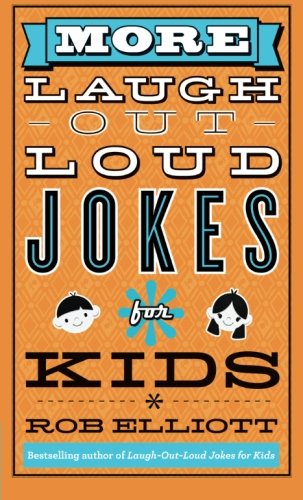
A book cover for More Laugh-Out-Loud Jokes for Kids; Rob Elliott; Children's Books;